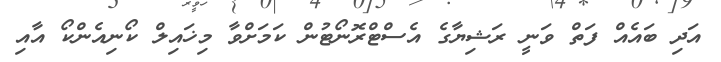
އަދި ބައެއް ފަތް ވަނީ ރަޝިޔާގެ އެސްޓްރޮނޯޓުން ކަމަށްވާ މިޚައިލް ކޯނިއެންކޯ އާއި